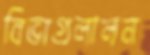
বিভাগ্রলালন